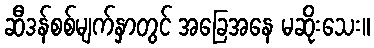
ဆီဒန်စစ်မျက်နှာတွင် အခြေအနေ မဆိုးသေး။